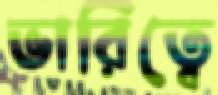
ভারিত্বে